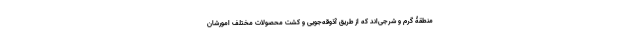
منطقۀ گرم و شرجی‌اند که از طریق آذوقه‌جویی و کشت محصولات مختلف امورشان